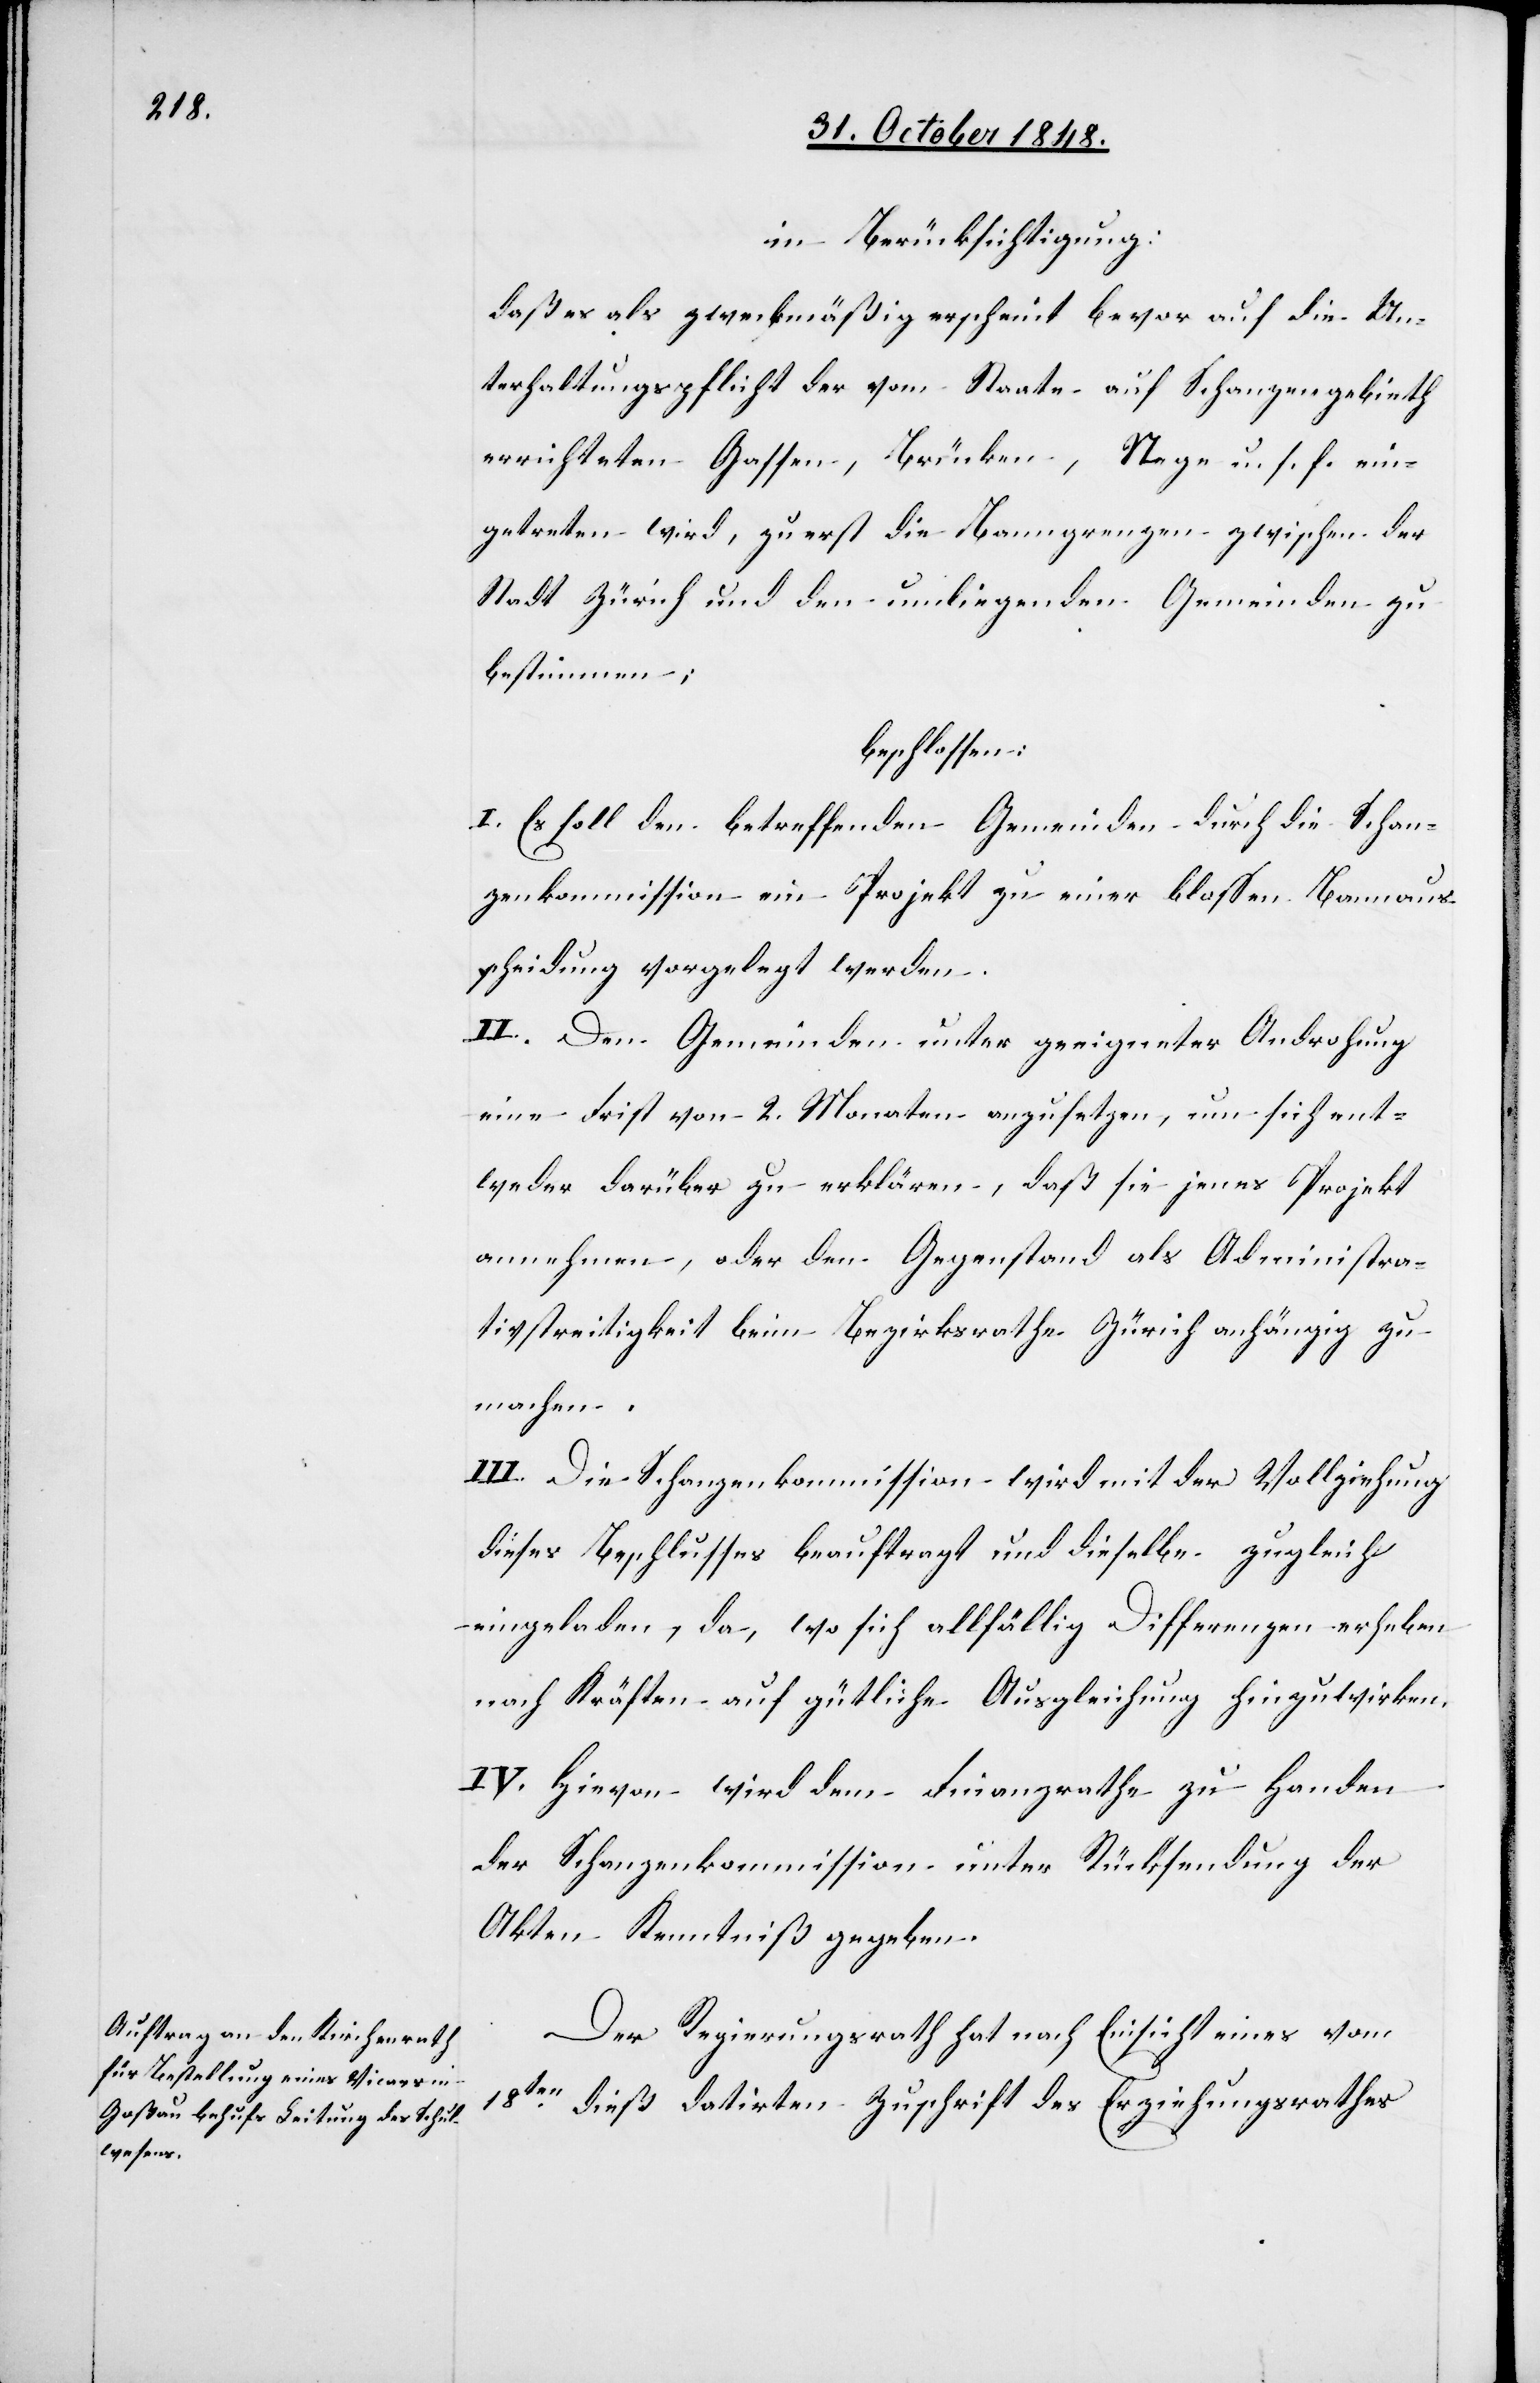
in Berücksichtigung:
daß es als zweckmäßig erscheint bevor auf die Un¬
terhaltungspflicht der vom Staate auf Schanzengebieth
errichteten Gassen, Brücken, Stege u. s. f. ein¬
getreten wird, zuerst die Banngrenzen zwischen der
Stadt Zürich und den unterliegenden Gemeinden zu
bestimmen;
beschlossen:
I. Es soll den betreffenden Gemeinden durch die Schan¬
zenkommission ein Projekt zu einer bloßen Bannaus¬
scheidung vorgelegt werden.
II. Den Gemeinden unter geeigneter Androhung
eine Frist von 2. Monaten anzusetzen, um sich ent¬
weder darüber zu erklären, daß sie jenes Projekt
annehmen, oder dem Gegenstand als Administra¬
tivstreitigkeit beim Bezirksrathe Zürich anhängig zu
machen.
III. Die Schanzenkommission wird mit der Vollziehung
dieses Beschlusses beauftragt und dieselbe zugleich
eingeladen, da, wo sich allfällig Differenzen erheben
nach Kräften auf gütliche Ausgleichung hinzuwirken.
IV. Hievon wird dem Finanzrathe zu Handen
der Schanzenkommission unter Rücksendung der
Akten Kenntniß gegeben.
Der Regierungsrath hat nach Einsicht eines vom
18ten
dieß datirten Zuschrift des Erziehungsrathes